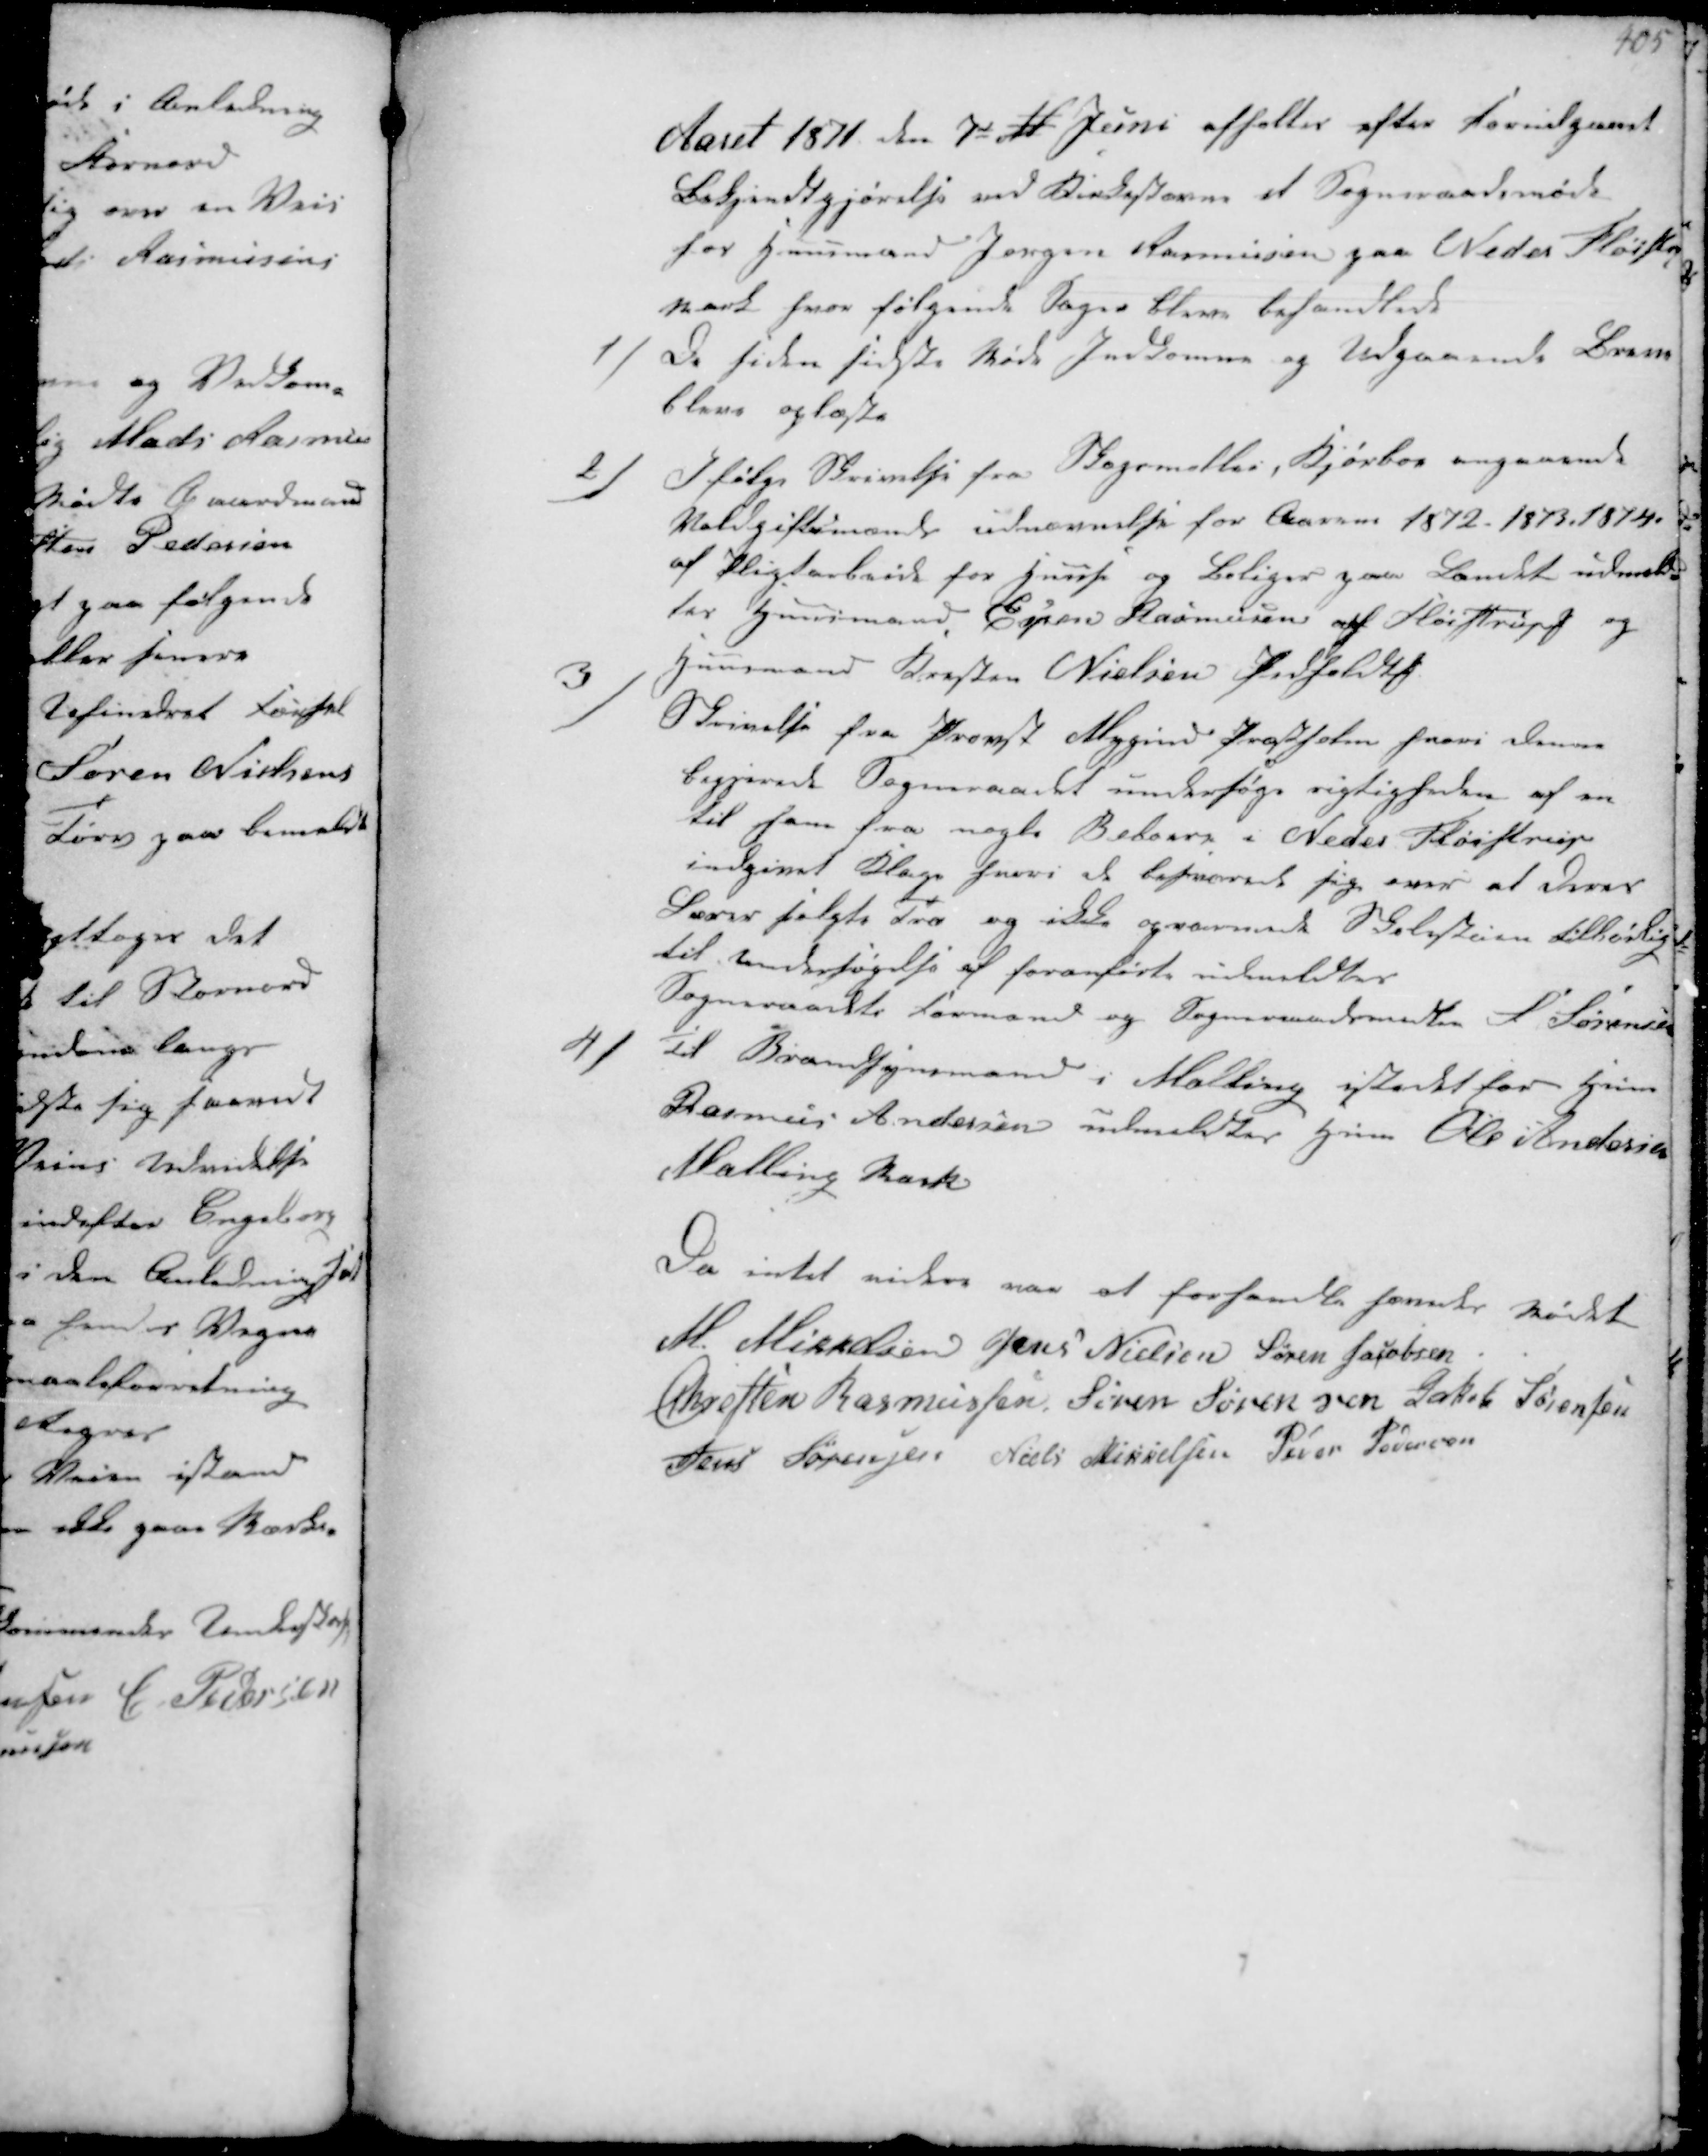
Transskription:
Aaret 1871 den 7de M Juni afholtes efter forudgaaet
Bekjendtgjørelse ved Kirkestævne et Sogneraadsmøde.
hos Huusmand Jørgen Rasmussen paa Neder Fløistrup
Mark hvor følgende Sager bleve behandlede

1/
De siden sidste Møde Indkomne og Udgaaende Breve
bleve oplæste

2/
Ifølge Skrivelse fra Bagermestler, Kjærbo angaaende
Voldgiftsmand udnævnelse for Aarene 1872 1873 1874.
af Pligtarbeide for Huuse og boliger paa Landet udmeld-
tes Huusmand Espen Rasmussen af Fløistrup og

Huusmand Kresten Nielsen Pedholdt
3/
Skrivelse fra Provst Mygind Præstholm hvori denne
begjærede Sogneraadet undersøge rigtigheden af en
til ham fra nogle Beboere i Neder Fløistrup
indgivet Klage hvori de besværede sig over at deres
Lærer valgte Træ og ikke opvarmede Skolestuen tilbørligt
til Undersøgelse af foranførte udmeldtes
Sogneraadets Formand og Sogneraadsmedlem S. Sørensen

4/
Til Brandsynsmand i Malling istedet for Hum
Rasmus Andersen udmeldtes Hum Ole Andersen
Malling Mark

Da intet videre var at forhandle hævedes Mødet
M. Mikkelsen Jens Nielsen Søren Jacobsen
Chresten Rasmussen Søren Sørensen Jakob Sørensen
Jens Sørensen Niels Mikkelsen Peder Pedersen